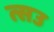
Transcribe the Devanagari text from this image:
त्सउ